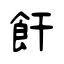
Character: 飦